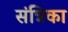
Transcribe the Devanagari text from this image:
संत्रिका